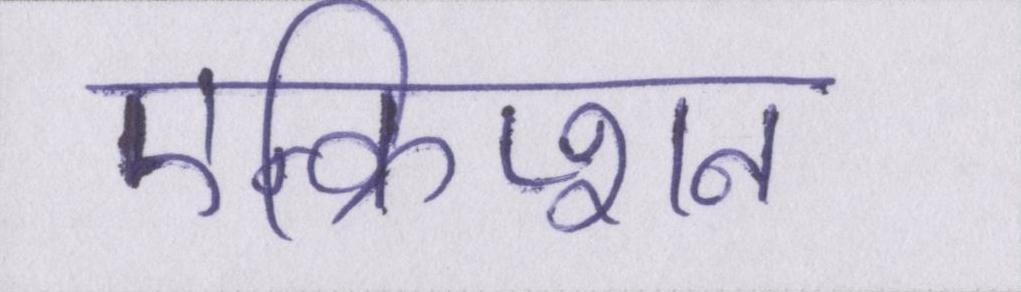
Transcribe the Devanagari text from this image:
एन्क्रिप्शन